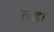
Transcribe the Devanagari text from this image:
ल्हो